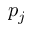
p _ { j }